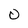
Character: 0